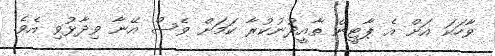
ވާހަކަ އަށް އެ ޕާޓީން ތާއީދުނުކުރާ ކަމަށް ވެސް އޭނާ ވިދާޅުވި އެވެ.